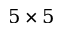
5 \times 5